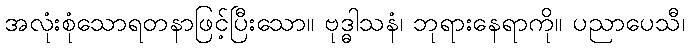
အလုံးစုံသောရတနာဖြင့်ပြီးသော။ ဗုဒ္ဓါသနံ၊ ဘုရားနေရာကို။ ပညာပေသီ၊